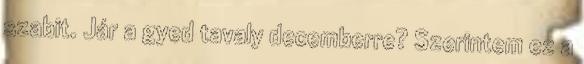
szabit. Jár a gyed tavaly decemberre? Szerintem ez a